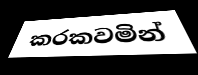
කරකවමින්